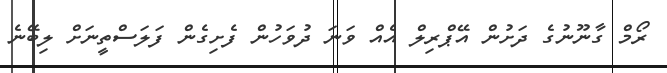
ރޯމް ގާނޫނުގެ ދަށުން އޭޕްރިލް އެއް ވަނަ ދުވަހުން ފެށިގެން ފަލަސްތީނަށް ލިބޭނެ